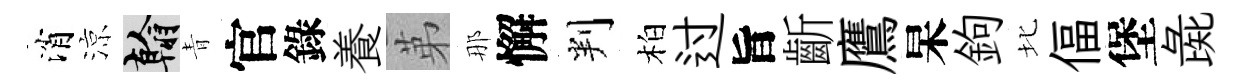
消涼翰青官錄養苐那懈判柏过旨齗鷹杲鉤北偪堡彘